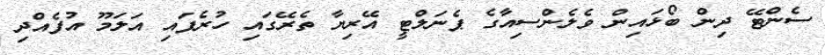
ސެންޓޭ ދިން ބޯޅައިން ވެލެންސިއާގެ ޕެނަލްޓީީ އޭރިޔާ ތެރޭގައި ހުރެފައި އަލަމޫ އުފެއްދި